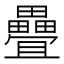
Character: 疊